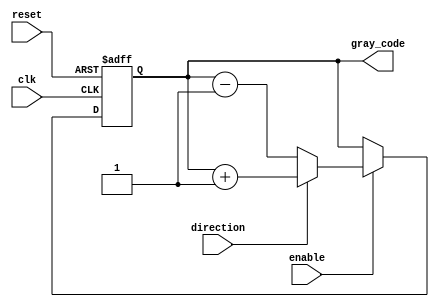
module bidirectional_gray_counter (
    input wire clk,
    input wire reset,
    input wire enable,
    input wire direction,
    output reg [3:0] gray_code
);

reg [3:0] gray_code_next;

always @ (posedge clk or posedge reset) begin
    if (reset) begin
        gray_code <= 4'b0000;
    end else begin
        if (enable) begin
            if (direction) begin // increment
                gray_code_next = gray_code + 1;
            end else begin // decrement
                gray_code_next = gray_code - 1;
            end
            gray_code <= gray_code_next;
        end
    end
end

endmodule